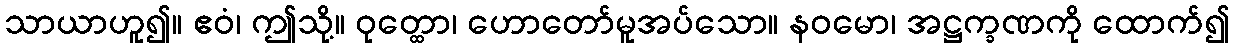
သာယာဟူ၍။ ဧဝံ၊ ဤသို့။ ဝုတ္ထော၊ ဟောတော်မူအပ်သော။ နဝမော၊ အဋ္ဌက္ခဏကို ထောက်၍